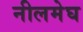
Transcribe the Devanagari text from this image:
नीलमेघ